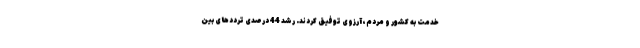
خدمت به کشور و مردم، آرزوی توفیق کردند. رشد 44 درصدی تردد‌های بین